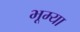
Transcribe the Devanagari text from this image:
भूम्या